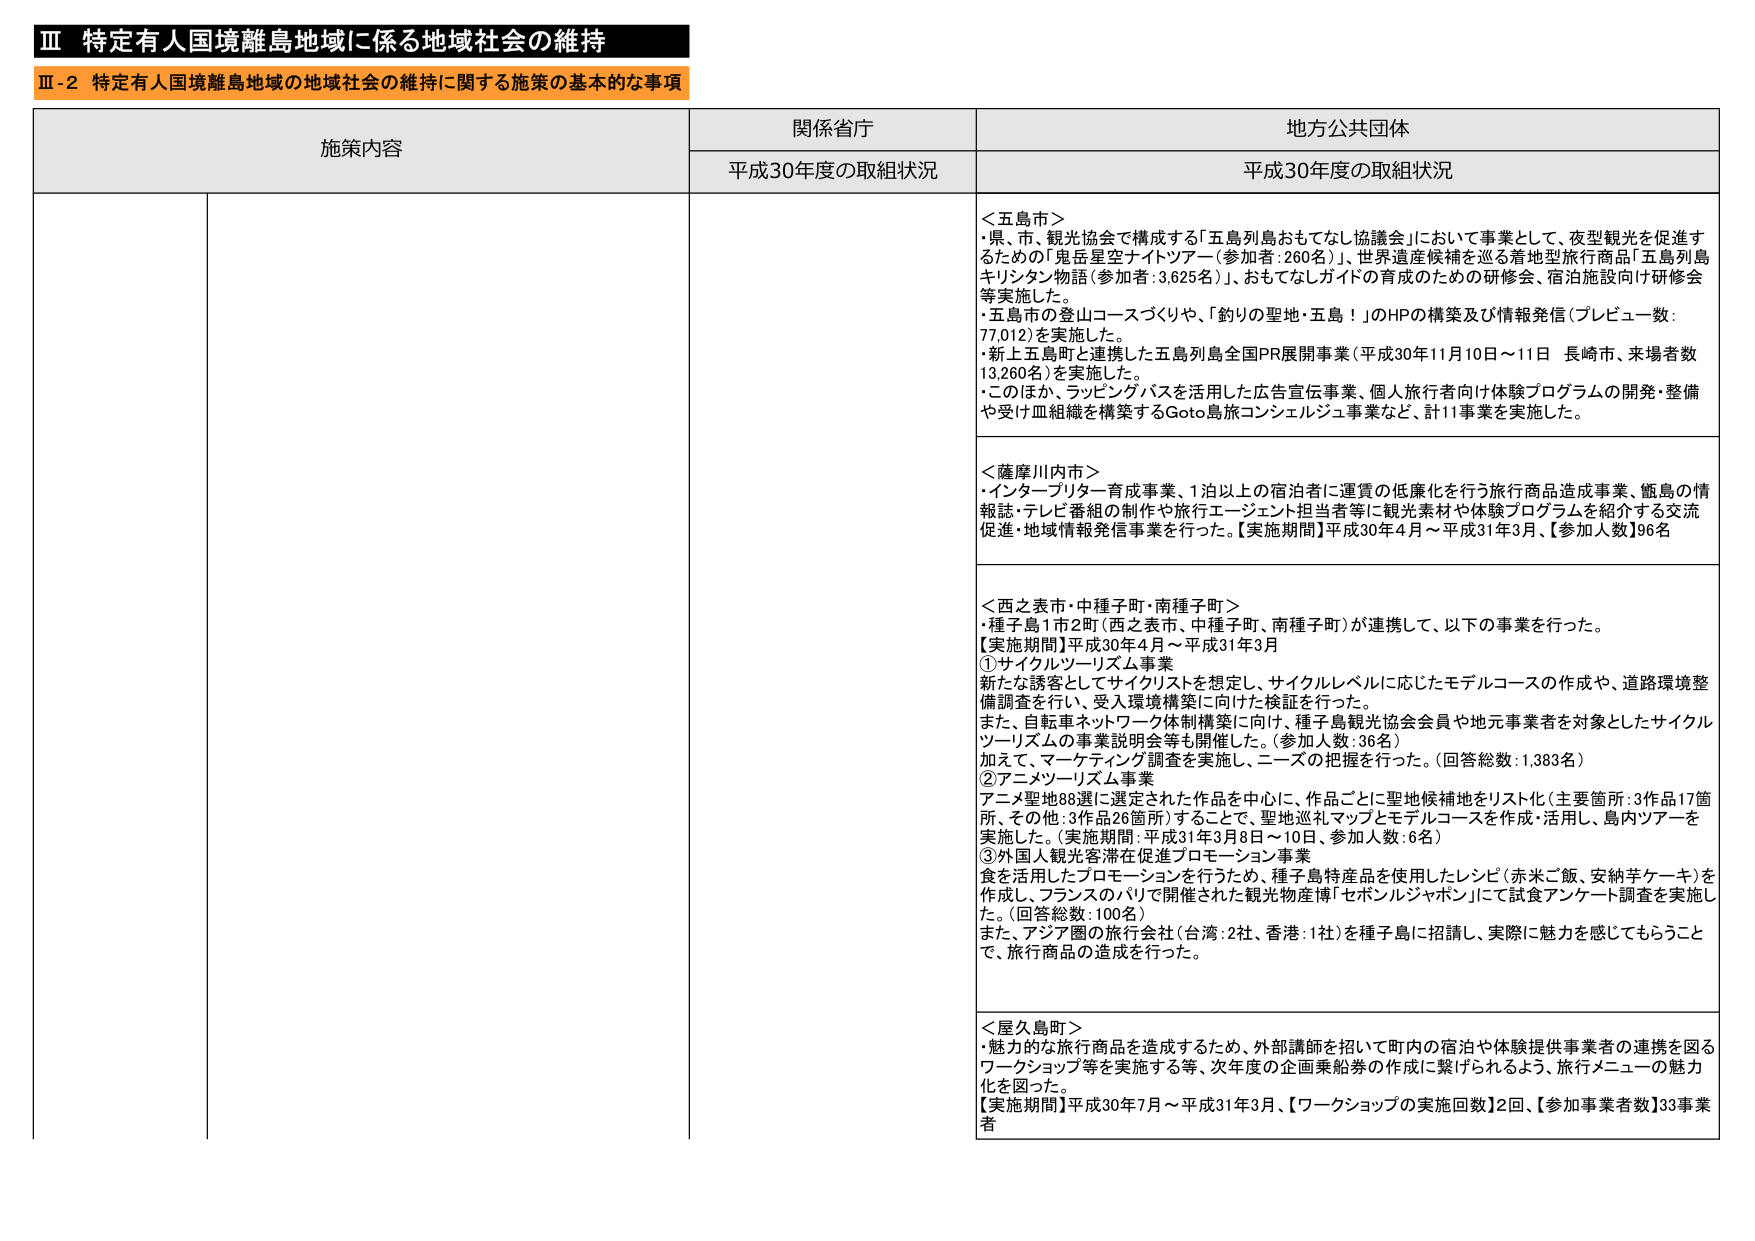
Ⅲ 特定有人国境離島地域に係る地域社会の維持
Ⅲ-2 特定有人国境離島地域の地域社会の維持に関する施策の基本的な事項

施策内容 関係省庁 地方公共団体
平成30年度の取組状況 平成30年度の取組状況

＜五島市＞
・県、市、観光協会で構成する「五島列島おもてなし協議会」において事業として、夜型観光を促進するための「鬼岳星空ナイトツアー（参加者：260名）」、世界遺産候補を巡る着地型旅行商品「五島列島キリシタン物語（参加者：3,625名）」、おもてなしガイドの育成のための研修会、宿泊施設向け研修会等実施した。
・五島市の登山コースづくりや、「釣りの聖地・五島！」のHPの構築及び情報発信（プレビュー数：77,012）を実施した。
・新上五島町と連携した五島列島全国PR展開事業（平成30年11月10日～11日 長崎市、来場者数13,260名）を実施した。
・このほか、ラッピングバスを活用した広告宣伝事業、個人旅行者向け体験プログラムの開発・整備や受け皿組織を構築するGoto島旅コンシェルジュ事業など、計11事業を実施した。

＜薩摩川内市＞
・インタープリター育成事業、1泊以上の宿泊者に運賃の低廉化を行う旅行商品造成事業、甑島の情報誌・テレビ番組の制作や旅行エージェント担当者等に観光素材や体験プログラムを紹介する交流促進・地域情報発信事業を行った。【実施期間】平成30年4月～平成31年3月、【参加人数】96名

＜西之表市・中種子町・南種子町＞
・種子島1市2町（西之表市、中種子町、南種子町）が連携して、以下の事業を行った。
【実施期間】平成30年4月～平成31年3月
①サイクルツーリズム事業
新たな誘客としてサイクリストを想定し、サイクルレベルに応じたモデルコースの作成や、道路環境整備調査を行い、受入環境構築に向けた検証を行った。
また、自転車ネットワーク体制構築に向け、種子島観光協会会員や地元事業者を対象としたサイクルツーリズムの事業説明会等も開催した。（参加人数：36名）
加えて、マーケティング調査を実施し、ニーズの把握を行った。（回答総数：1,383名）
②アニメツーリズム事業
アニメ聖地88選に選定された作品を中心に、作品ごとに聖地候補地をリスト化（主要箇所：3作品17箇所、その他：3作品26箇所）することで、聖地巡礼マップとモデルコースを作成・活用し、島内ツアーを実施した。（実施期間：平成31年3月8日～10日、参加人数：6名）
③外国人観光客滞在促進プロモーション事業
食を活用したプロモーションを行うため、種子島特産品を使用したレシピ（赤米ご飯、安納芋ケーキ）を作成し、フランスのパリで開催された観光物産博「セボンルジャポン」にて試食アンケート調査を実施した。（回答総数：100名）
また、アジア圏の旅行会社（台湾：2社、香港：1社）を種子島に招請し、実際に魅力を感じてもらうことで、旅行商品の造成を行った。

＜屋久島町＞
・魅力的な旅行商品を造成するため、外部講師を招いて町内の宿泊や体験提供事業者の連携を図るワークショップ等を実施する等、次年度の企画乗船券の作成に繋げられるよう、旅行メニューの魅力化を図った。
【実施期間】平成30年7月～平成31年3月、【ワークショップの実施回数】2回、【参加事業者数】33事業者